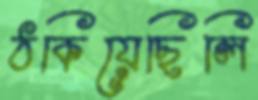
ঠকিয়েছিলি